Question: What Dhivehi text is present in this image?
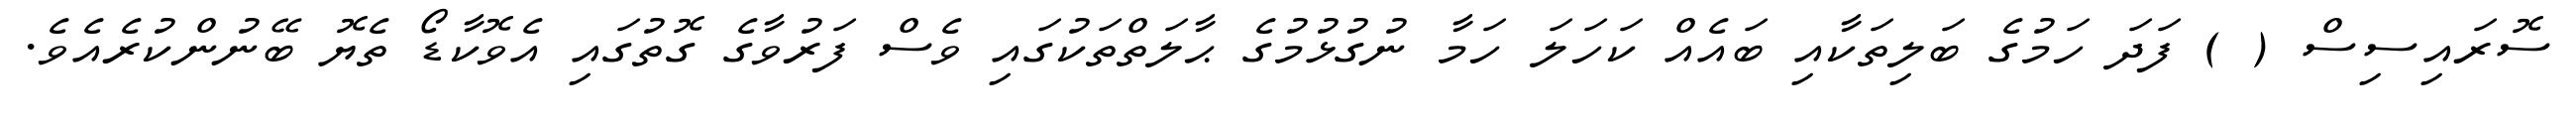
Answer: ސޮރައިސިސް ( ) ފަދަ ހަމުގެ ބަލިތަކާއި ބައެއް ކަހަލަ ހަމާ ނުގުޅުމުގެ ޙާލަތްތަކުގައި ވެސް ފަރުވާގެ ގޮތުގައި އެވޮކާޑޯ ތެޔޮ ބޭނުންކުރެއެވެ.